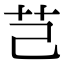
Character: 芑